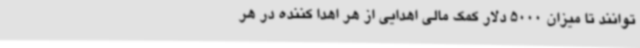
‌توانند تا میزان 5000 دلار کمک مالی اهدایی از هر اهدا کننده در هر